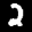
Label: 2